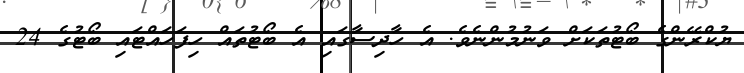
ޔުކްރޭންގެ ބޯޓުތަކަށް ވަނުމުންނެވެ. އެ ހާދިސާގައި އެ ބޯޓުތައް ހިފަހައްޓައި ބޯޓުުގެ 24